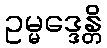
ဥမ္မဒ္ဒေန္တိ